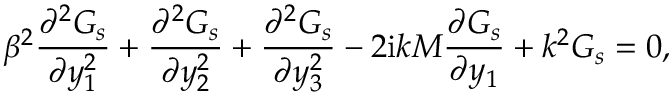
\beta ^ { 2 } \frac { \partial ^ { 2 } G _ { s } } { \partial y _ { 1 } ^ { 2 } } + \frac { \partial ^ { 2 } G _ { s } } { \partial y _ { 2 } ^ { 2 } } + \frac { \partial ^ { 2 } G _ { s } } { \partial y _ { 3 } ^ { 2 } } - 2 \mathrm { i } k M \frac { \partial G _ { s } } { \partial y _ { 1 } } + k ^ { 2 } G _ { s } = 0 ,